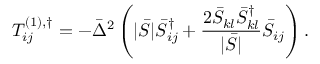
T _ { i j } ^ { \left( 1 \right) , \dag } = - { { \bar { \Delta } } ^ { 2 } } \left( { | \bar { S } | \bar { S } _ { i j } ^ { \dag } + \frac { { 2 { { \bar { S } } _ { k l } } \bar { S } _ { k l } ^ { \dag } } } { { | \bar { S } | } } { { \bar { S } } _ { i j } } } \right) .